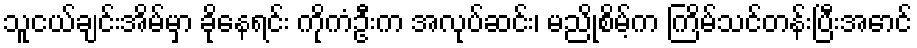
သူငယ်ချင်းအိမ်မှာ ခိုနေရင်း ကိုကံဦးက အလုပ်ဆင်း၊ မညိုစိမ့်က ကြိမ်သင်တန်းပြီးအောင်